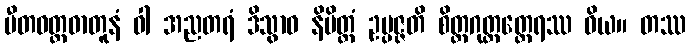
ပီတဝတ္ထဓာတူနံ ဝါ အညတရံ ဒိသွာဝ နိမိတ္တံ ဥပ္ပဇ္ဇတိ စိတ္တဂုတ္တတ္ထေရဿ ဝိယ။ တဿ